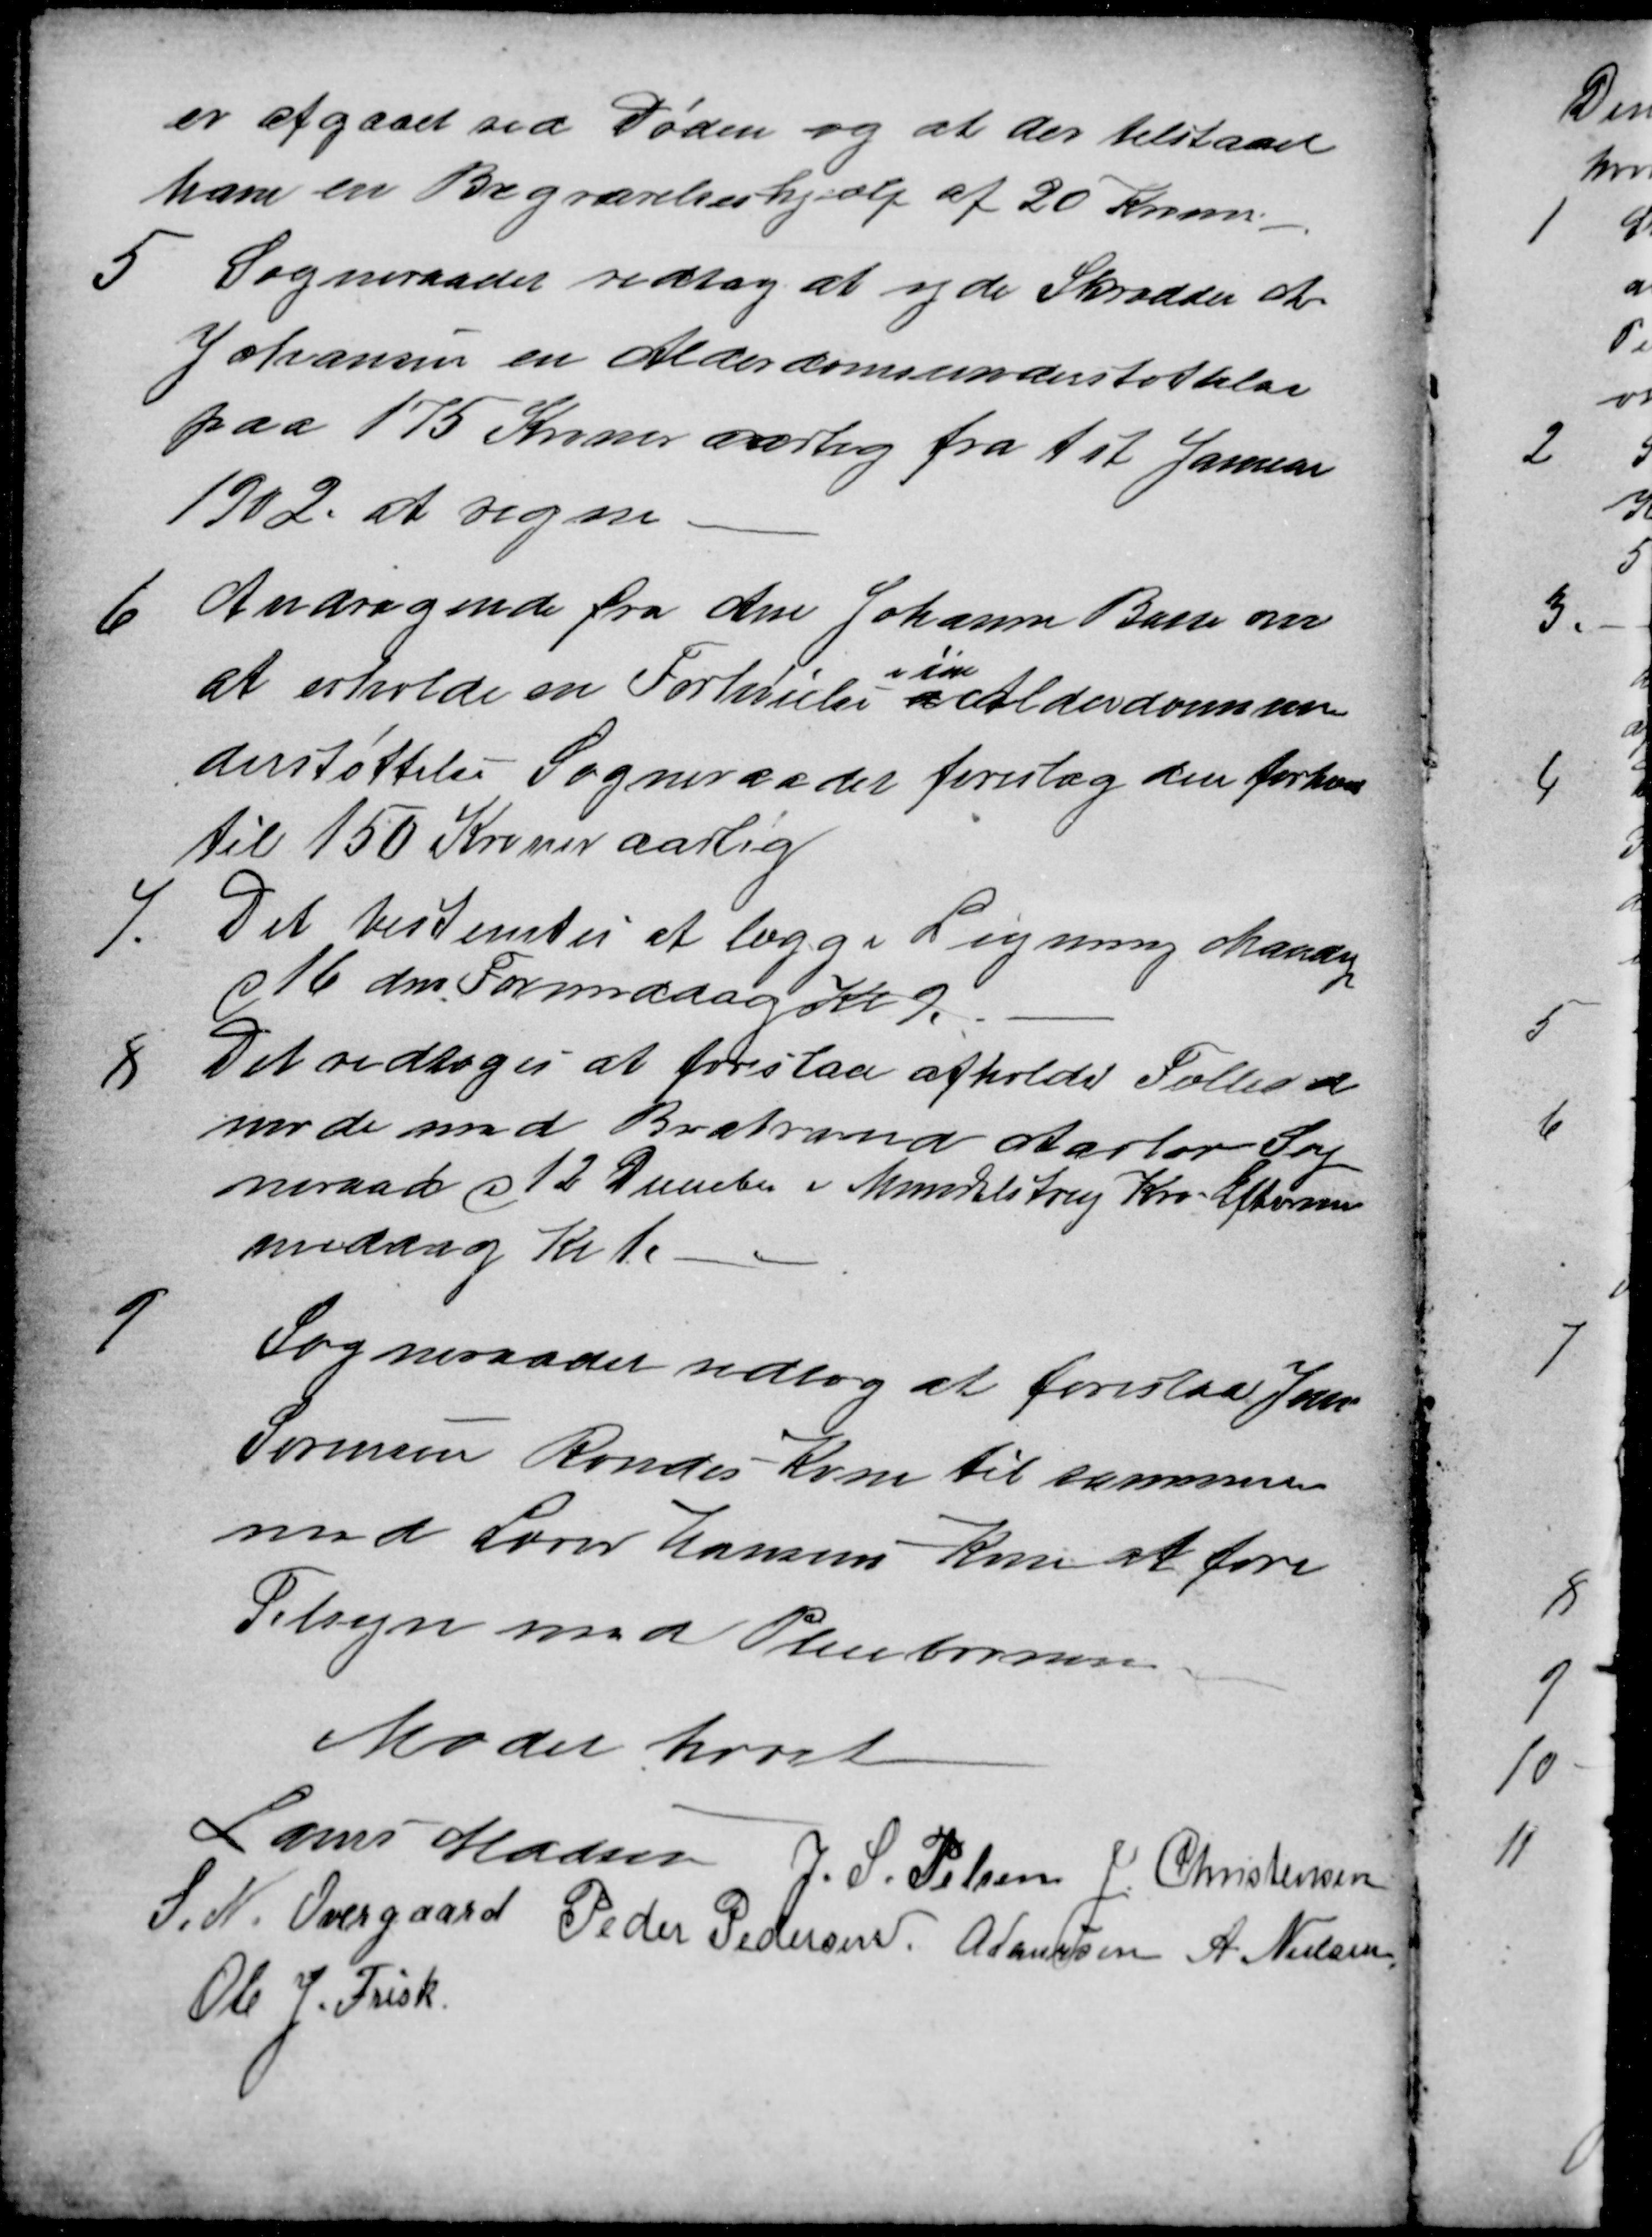
Transskription:
er afgaaet ved Døden og at der tilstaaet
ham en Begravelseshjælp af 20 Kroner
5
Sogneraadet vedtog at yde Skrædder A
Johansen en Alderdomsunderstøttelse
paa 175 Kroner aarlig fra 1st Januar
1902. at regne.
6
Andragende fra Ane Johanne Basse om
at erholde en Forhøielse
i sin
Alderdomsun
derstøttelse Sogneraadet foreslog den forhøiet
til 150 Kroner aarlig
7.
Det bestemtes at lægge Ligning Mandag
d 16 om Formiddag Kl 9
8
Det vedtoges at foreslaa afholdt Fælleds
møde med Brabrand Aarlev Sog
neraad d 12 December i Mundelstrup Kro Efter
middag Kl 1.
9
Sogneraadet vedtog at foreslaa Jens
Sørensen Røndes Kone til sammen
med Lærer Hansens Kone at føre
Tilsyn med Pleiebørnene.
Mødet hævet
Laurs Madsen J. S. Pelsen J. Christensen
S. N. Overgaard Peder Pedersen A Laursen A. Nielsen
Ole J. Frisk